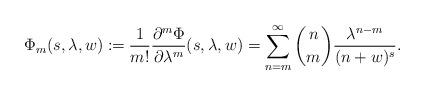
LaTeX: \begin{align*} \Phi_m(s,\lambda,w) \coloneqq \frac{1}{m!} \frac{\partial^m\Phi}{\partial\lambda^m}(s,\lambda,w) = \sum_{n=m}^\infty {n\choose m} \frac{\lambda^{n-m}}{(n+w)^s}.\end{align*}